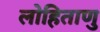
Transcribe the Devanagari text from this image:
लोहिताणु